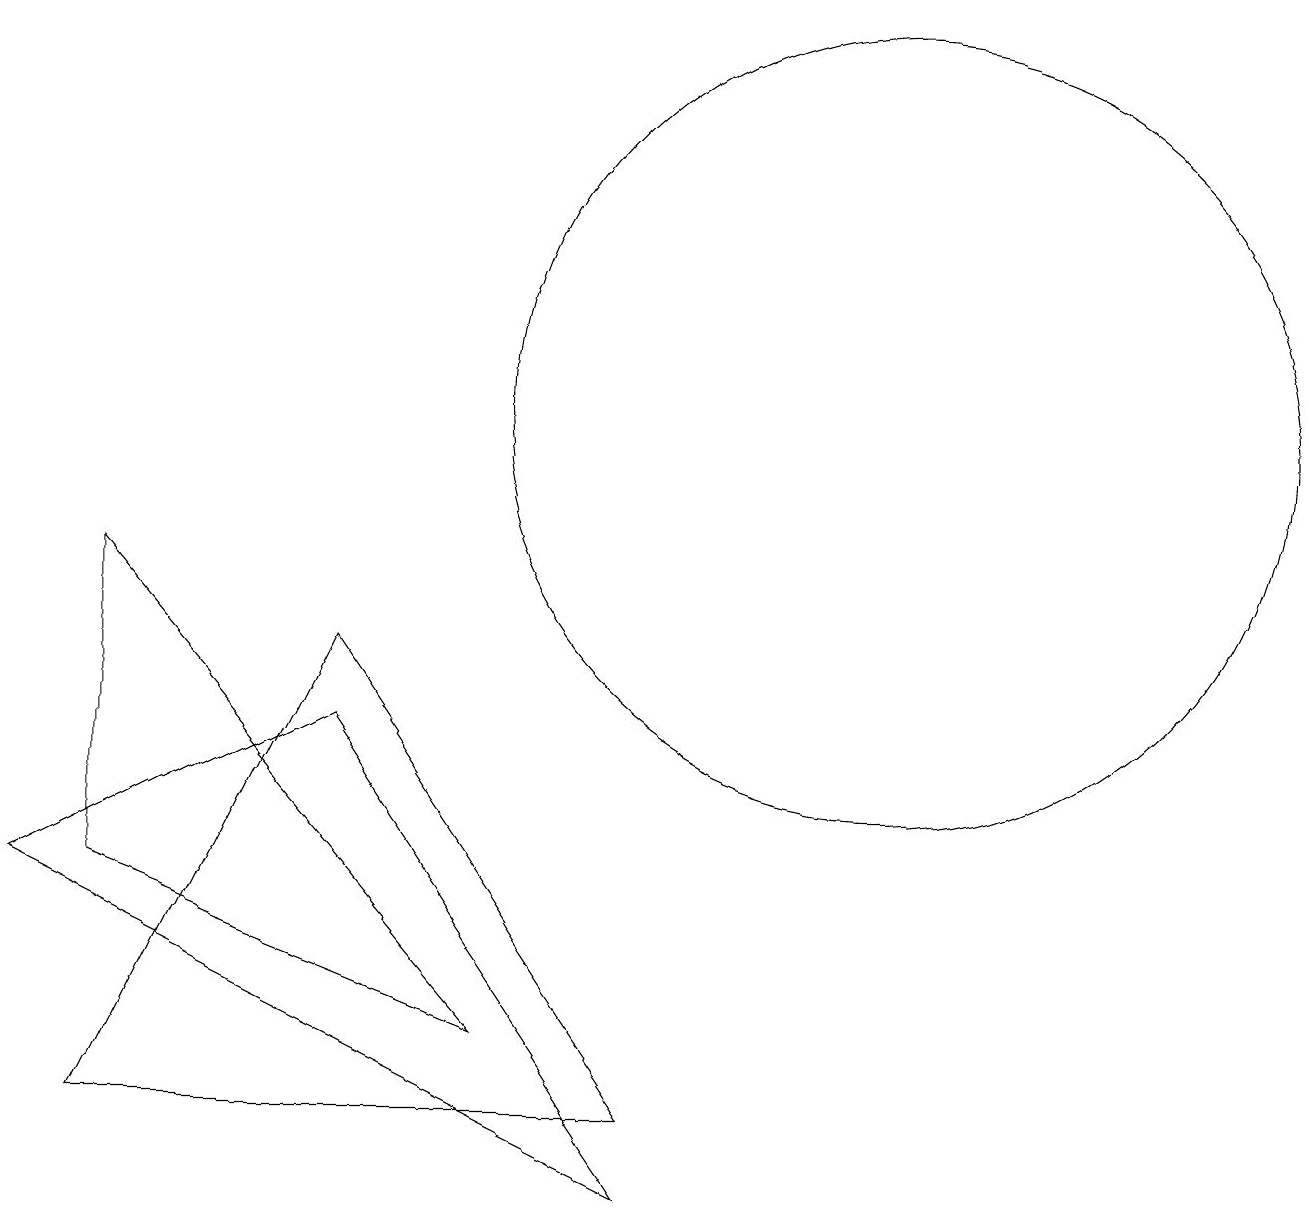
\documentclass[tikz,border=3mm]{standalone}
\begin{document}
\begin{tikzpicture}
\draw (1,2) -- (4,8) -- (8,2) -- cycle;
\draw (11,11) circle (5);
\draw (1,5) -- (6,3) -- (1,9) -- cycle;
\draw (8,1) -- (4,7) -- (0,5) -- cycle;
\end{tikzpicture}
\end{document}